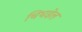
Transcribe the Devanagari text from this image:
चिघडेल